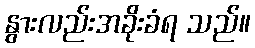
နွားလည်းအခိုးခံရ သည်။